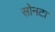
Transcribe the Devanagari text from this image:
सोनटा